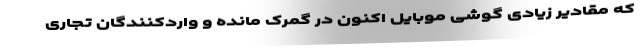
که مقادیر زیادی گوشی موبایل اکنون در گمرک مانده و واردکنندگان تجاری